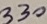
Text: 330